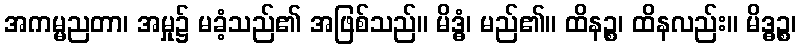
အကမ္မညတာ၊ အမှု၌ မခံ့သည်၏ အဖြစ်သည်။ မိဒ္ဓံ၊ မည်၏။ ထိနဉ္စ၊ ထိနလည်း။ မိဒ္ဓဉ္စ၊